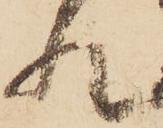
れ